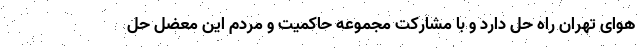
هوای تهران راه حل دارد و با مشارکت مجموعه حاکمیت و مردم این معضل حل